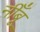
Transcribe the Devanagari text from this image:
नीँबू